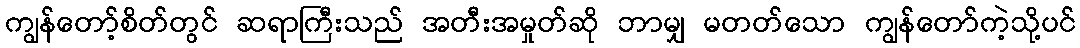
ကျွန်တော့်စိတ်တွင် ဆရာကြီးသည် အတီးအမှုတ်ဆို ဘာမျှ မတတ်သော ကျွန်တော်ကဲ့သို့ပင်